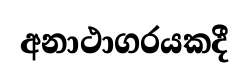
අනාථාගරයකදී